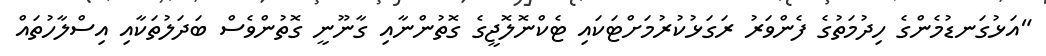
"އަޅުގަނޑުމެންގެ ހިދުމަތުގެ ފެންވަރު ރަގަޅުކުރުމަށްޓަކައި ޓެކްނޮލޮޖީގެ ގޮތުންނާއި ގާނޫނީ ގޮތުންވެސް ބަދަލުތަކާއި އިސްލާހުތައް